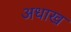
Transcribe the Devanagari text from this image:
अधाख